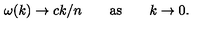
\omega ( k ) \to c k / n \qquad \mathrm { a s } \qquad k \to 0 .